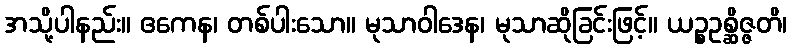
အသို့ပါနည်း။ ဧကေန၊ တစ်ပါးသော။ မုသာဝါဒေန၊ မုသာဆိုခြင်းဖြင့်။ ယဉ္စဥစ္ဆိဇ္ဇတိ၊